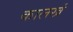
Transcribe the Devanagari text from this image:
कालखं